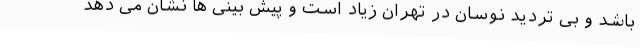
باشد و بی تردید نوسان در تهران زیاد است و پیش بینی ها نشان می دهد